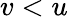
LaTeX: v<u